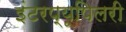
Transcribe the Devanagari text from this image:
इंटरप्यूपिलरी